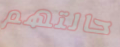
حالتهم